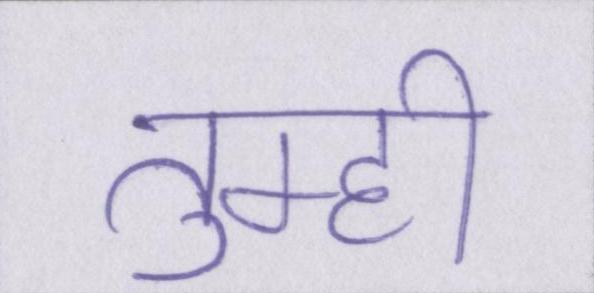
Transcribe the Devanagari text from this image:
तुम्ही